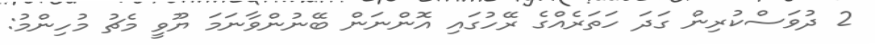
2 ދުވަަސްކުރިން ގަދަ ހަތަރެއްގެ ރޭހުގައި އޮންނަން ބޭނުންވާނަމަ ޔޫވީ މެޗު މުހިންމު: